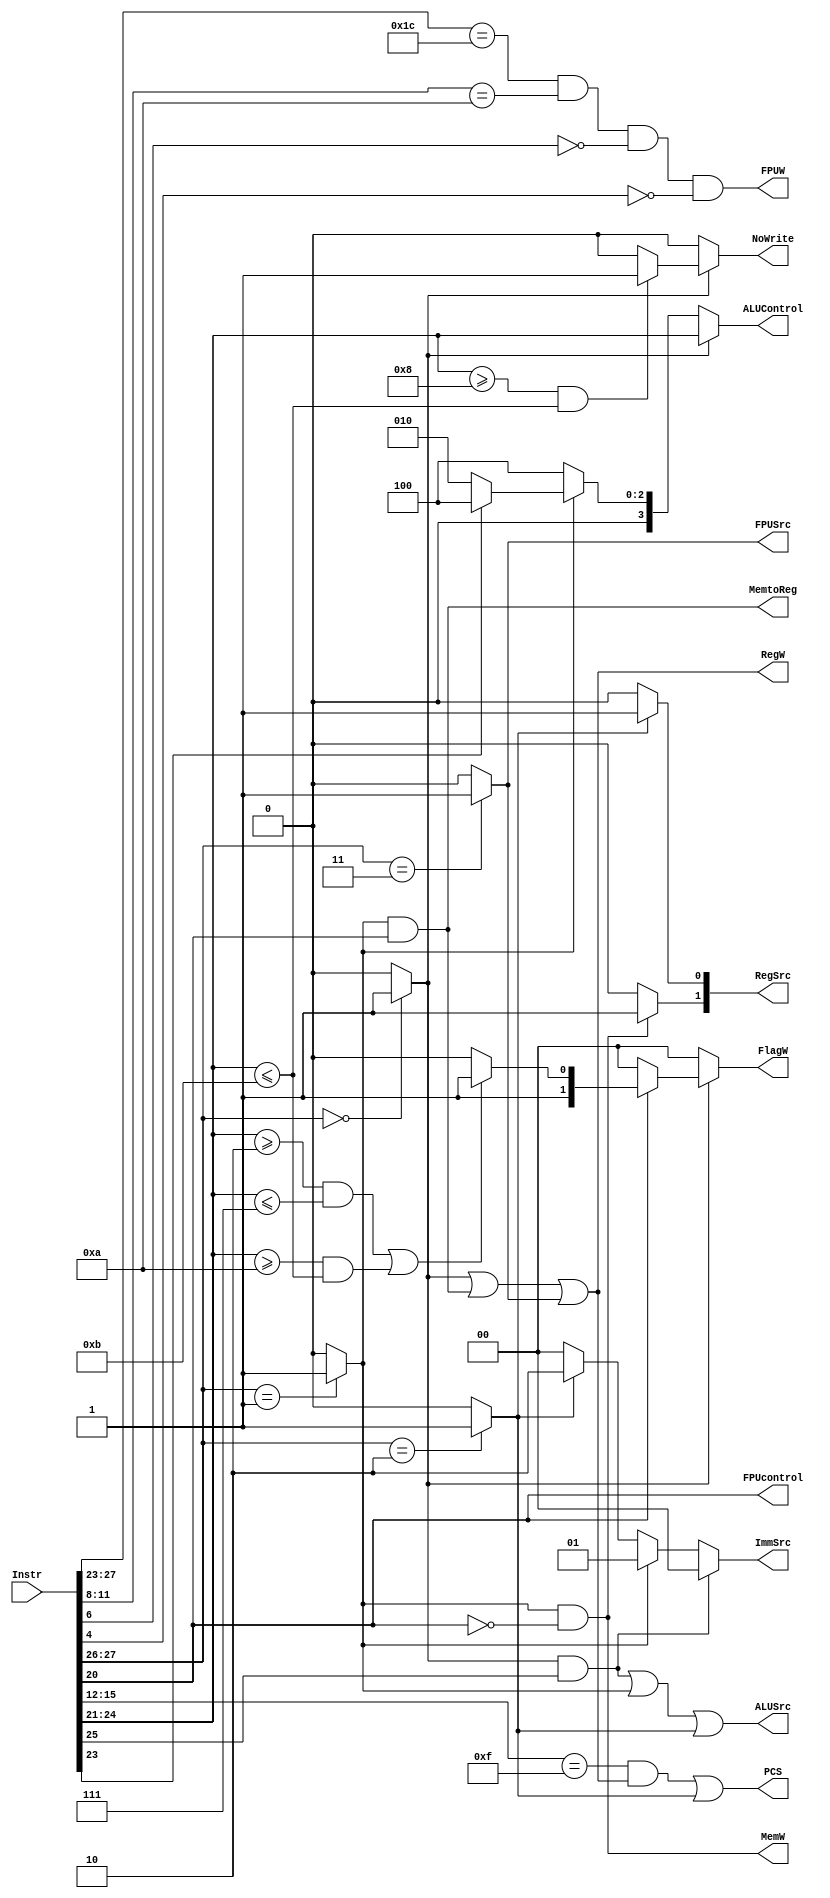
module Decoder(
    input [31:0] Instr,
	
    output PCS,
    
    output RegW, 
    output MemW, 
    output MemtoReg,
    output ALUSrc,
    output [1:0] ImmSrc,
    output [1:0] RegSrc,
    
    output FPUW,
    output FPUSrc,
    output FPUcontrol,

    output reg [3:0] ALUControl,
    output reg [1:0] FlagW,
    output reg NoWrite
); 
    
    wire [1:0] op;
    wire Branch, DP, MEM;

    wire [3:0] Rd;
    wire [5:0] funct;
    wire S, U, I; // U: Add in memory isntgr
     
    assign FPUW = (Instr[27:23] == 5'b11100) && (Instr[11:8] == 4'b1010) && (Instr[6] == 1'b0) && (Instr[4] == 1'b0);
    assign FPUcontrol = (Instr[20] == 1'b1); // result
    assign FPUSrc = (op==2'b11) ? 1 : 0; // 
    
    assign op = Instr[27:26];
    assign Branch = (op==2'b10) ? 1 : 0;
    assign DP = (op==2'b00) ? 1 : 0;
    assign MEM = (op==2'b01) ? 1 : 0;

    assign Rd = Instr[15:12];
    assign funct = Instr[25:20];
    assign U = funct[3];
    

    // main decoder
    assign RegW = DP | (MEM && (funct[0]==1)) | FPUSrc; // DP or LTR
    assign MemW = MEM && (funct[0]==0); // STR
    assign MemtoReg = MEM && (funct[0]==1); // LTR
    assign ALUSrc = (DP && (funct[5]==1)) | MEM | Branch; // control src2 MUX
    
    assign ImmSrc = (DP && (funct[5]==1)) ? 2'b00 : 
                    ((MEM) ? 2'b01 : 
                    ((Branch) ? 2'b10 : 2'b00));
    assign RegSrc = {((MEM && (funct[0]==0)) ? 1'b1 : 1'b0), ((Branch) ? 1'b1 : 1'b0)};

    // PC select
    assign PCS = ((Rd==4'd15) && RegW) | Branch;

    // ALU decoder
    /* 
        in original version, ADD: 2'd0, SUB: 2'd1, AND: 2'd2, SUB: 2'd3 
        Now directly assign ALUControl[3:0] = Instr[24:21]
    */
    always @* begin
        if(DP==0) begin // not DP
            ALUControl = (MEM) ? ((U==0) ? 4'b0010 : 4'b0100) : // MEM: if U=0, negative imm, SUB
                                 (4'b0100); // Branch
            FlagW = 2'b00;
            NoWrite = 0;
        end
        else begin
            ALUControl = funct[4:1];
            
            // TST, TEQ, CMP, CMN: do not write back the result
            NoWrite = (funct[4:1]>=4'b1000 && funct[4:1]<=4'b1011) ? 1'b1 : 1'b0; 
            
            // Functions relevant to add/sub: 2'b11, AND/OR/XOR: 2'b10
            FlagW = (funct[0]) ? (((funct[4:1]>=4'b0010 && funct[4:1]<=4'b0111) || (funct[4:1]>=4'b1010 && funct[4:1]<=4'b1011)) ? 2'b11 : 2'b10) : 2'b00;
        end
    end


// CMP I_1010_1

// CMN I_1011_1, another value should be negeted,

// for memeory, immediate_bar, Pre-index, Add, Byte, WriteBack, Load
   
endmodule